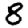
Digit: 8